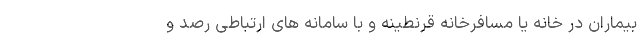
بیماران در خانه یا مسافرخانه قرنطینه و با سامانه های ارتباطی رصد و